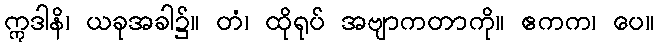
ဣဒါနိ၊ ယခုအခါ၌။ တံ၊ ထိုရုပ် အဗျာကတာကို။ ဧကက၊ ပေ။